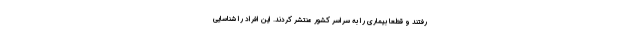
رفتند و قطعا بیماری را به سراسر کشور منتشر کردند. این افراد را شناسایی